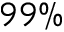
9 9 \%